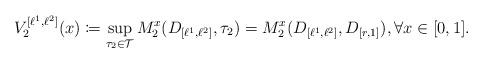
LaTeX: \begin{align*}V_{2}^{[\ell^{1},\ell^{2}]}(x) \coloneqq \sup\limits_{\tau_{2} \in \mathcal{T}}M^{x}_{2}(D_{[\ell^{1},\ell^{2}]},\tau_{2}) = M^{x}_{2}(D_{[\ell^{1},\ell^{2}]},D_{[r,1]}),\forall x \in [0,1].\end{align*}